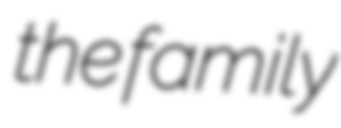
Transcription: the family